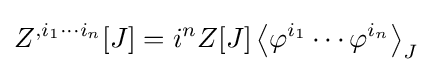
Z^{,i_{1}\cdots i_{n}}[J]=i^{n}Z[J]\left\langle \varphi ^{i_{1}}\cdots \varphi ^{i_{n}}\right\rangle _{J}